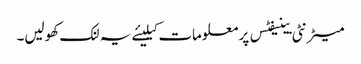
میٹرنٹی بینیفٹس پر معلومات کیلیئے یہ لنک کھولیں۔